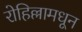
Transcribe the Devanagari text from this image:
रोहिल्लामधून